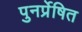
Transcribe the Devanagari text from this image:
पुनर्प्रेषित